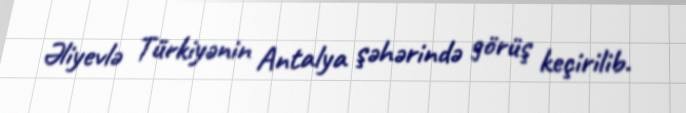
Əliyevlə Türkiyənin Antalya şəhərində görüş keçirilib.